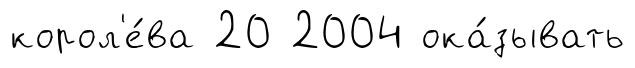
корол'е́ва 20 2004 ока́зывать